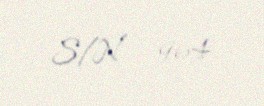
S/N - 964